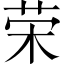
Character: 荣